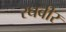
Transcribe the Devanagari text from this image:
रघबीर